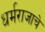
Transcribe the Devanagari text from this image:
धर्मराजाचे